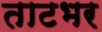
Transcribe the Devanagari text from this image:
ताटभर